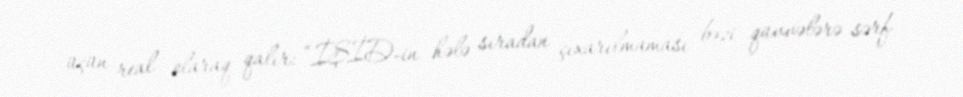
üçün real olaraq qalır: “İŞİD-in hələ sıradan çıxarılmaması bəzi qüvvələrə sərf